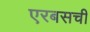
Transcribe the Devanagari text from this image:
एरबसची